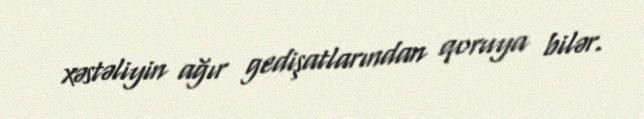
xəstəliyin ağır gedişatlarından qoruya bilər.